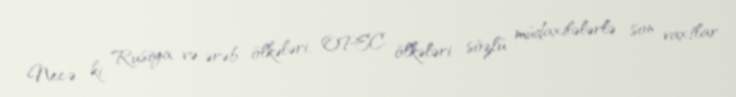
Necə ki, Rusiya və ərəb ölkələri, OPEC ölkələri sözlü müdaxilələrlə son vaxtlar